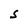
Character: S